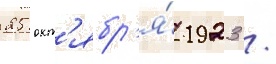
25 окт'ябр'я́ 1923 /